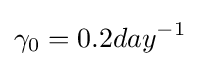
\gamma _{0}=0.2day^{-1}